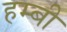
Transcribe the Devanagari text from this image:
हम्बी